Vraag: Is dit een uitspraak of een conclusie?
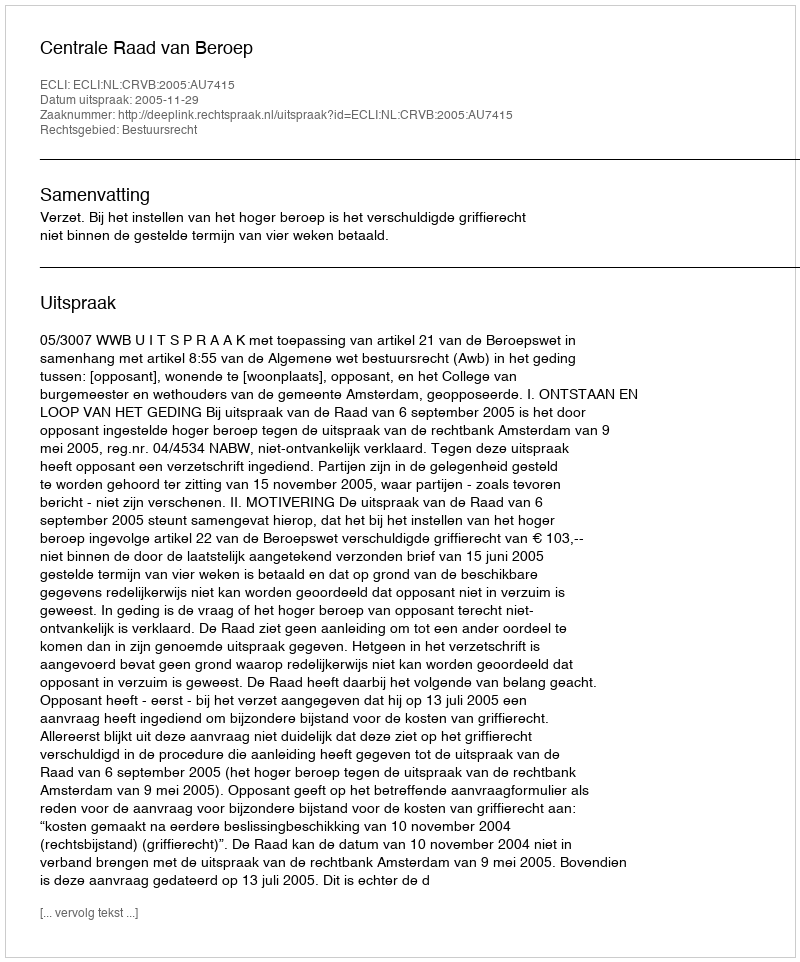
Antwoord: Uitspraak